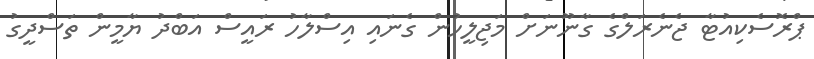
ޕްރޮސެކިއުޓާ ޖެނެރަލްގެ ގާނޫނަށް މަޖިލީހުން ގެނައި އިސްލާހު ރައީސް އަބްދު ޔާމީން ތަސްދީގު